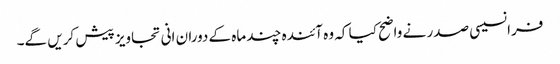
فرانسیسی صدر نے واضح کیا کہ وہ آئندہ چند ماہ کے دوران انی تجاویز پیش کریں گے۔